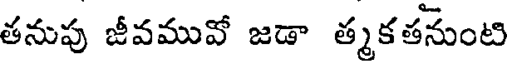
తనుపు జీవమువో జడా త్మకతనుంటి